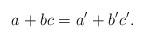
LaTeX: \begin{align*}a+bc = a'+b'c'.\end{align*}